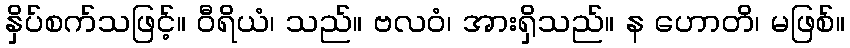
နှိပ်စက်သဖြင့်။ ဝီရိယံ၊ သည်။ ဗလဝံ၊ အားရှိသည်။ န ဟောတိ၊ မဖြစ်။